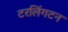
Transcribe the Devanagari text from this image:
टरलिंगटन